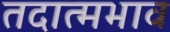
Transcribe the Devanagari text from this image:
तदात्मभाव